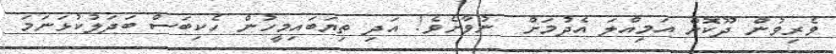
ވެރިވުން ދޫކޮށް އަމިއްލަ އެދުމަށް  ނުވާށެވެ! އަދި ތިޔަބައިމީހުން ހެކިބަސް ބަދަލުކުޅަނަމަ